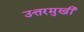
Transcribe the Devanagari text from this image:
उत्तरमुखी